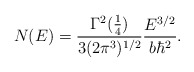
\begin{align*}N(E) = {\Gamma^2({1\over4})\over 3 (2 \pi^3)^{1/2}} {E^{3/2}\over b \hbar^2}.\end{align*}